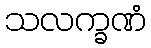
သလက္ခဏံ